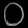
Digit: ၀